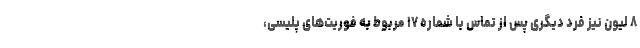
۸ لیون نیز فرد دیگری پس از تماس با شماره ۱۷ مربوط به فوریت‌های پلیسی،